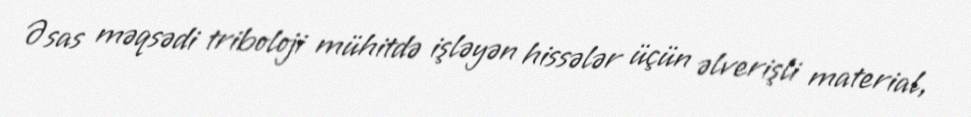
Əsas məqsədi triboloji mühitdə işləyən hissələr üçün əlverişli material,